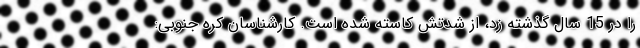
را در 15 سال گذشته زد، از شدتش کاسته شده است. کارشناسان کره جنوبی: